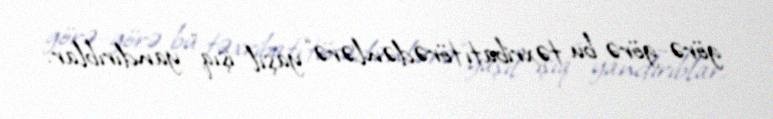
görə-görə bu təxribatı törədənlərə “yaşıl işıq” yandırıblar.